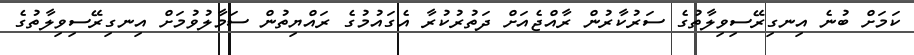
ކަމަށް ބުނެ އިނގިރޭސިވިލާތުގެ ސަރުކާރުން ރާއްޖެއަށް ދަތުރުކުރާ އެގައުމުގެ ރައްޔިތުން ސަމާލުވުމަށް އިނގިރޭސިވިލާތުގެ